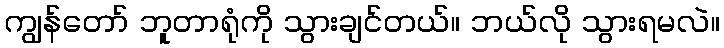
ကျွန်တော် ဘူတာရုံကို သွားချင်တယ်။ ဘယ်လို သွားရမလဲ။